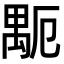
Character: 𥝂